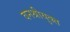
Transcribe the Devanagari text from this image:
वनश्रीयुक्त